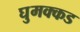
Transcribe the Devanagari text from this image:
घुमक्कड